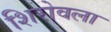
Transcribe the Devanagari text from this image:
शिरोवला